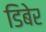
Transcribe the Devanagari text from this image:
डिबेर